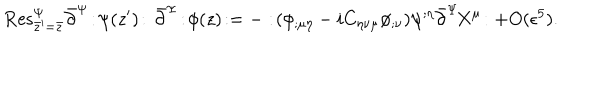
LaTeX: \mathrm { R e s } _ { \bar { z } ^ { \prime } = \bar { z } } ^ { \Psi } \bar { \partial } ^ { \Psi } \! : \! \psi ( z ^ { \prime } ) \! : \, \bar { \partial } ^ { \Psi } \! : \! \phi ( z ) \! : = - : \! ( \phi _ { ; \mu \eta } - i C _ { \eta \nu \mu } \phi _ { ; \nu } ) \psi ^ { ; \eta } \bar { \partial } ^ { \Psi } \! X ^ { \mu } \! : + O ( \epsilon ^ { 5 } ) .